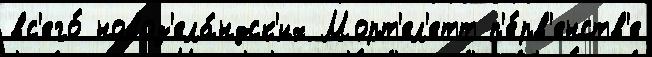
вс'его́ новоз'ела́ндск'их Морт'ел'етт п'е́рв'енств'е